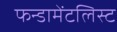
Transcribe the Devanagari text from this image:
फन्डामेंटलिस्ट